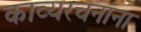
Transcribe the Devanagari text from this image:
काव्यरचनांना